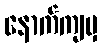
နောက်ကျမှ